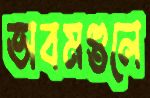
ভাবমণ্ডলে